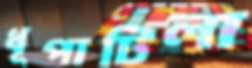
ধূপাটিলা